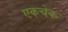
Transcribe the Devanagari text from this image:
एकचेक